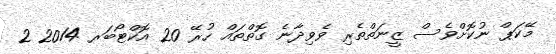
މޭކަޕް ނުކޮށްވެސް ޒީނަތްތެރި ވެވިދާނެ ގޮތްތައް ހުރޭ 20 އޮކްޓޯބަރ 2014 2